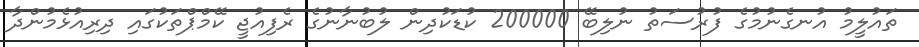
ތައުލީމު އުނގެނުމުގެ ފުރުސަތު ނުލިބޭ 200000 ކުޑަކުދިން ލުބުނާނުގެ ރެފިއުޖީ ކޭމްޕްތަކުގައި ދިރިއުޅެމުންދާ